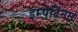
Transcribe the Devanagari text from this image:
इम्पेटिनस